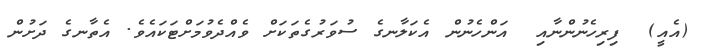
(އެއީ)  ފިރިހެނުންނާއި  އަންހެނުން އެކަލާނގެ ސުވަރުގެތަކަށް ވެއްދެވުމަށްޓަކައެވެ. އެތާނގެ ދަށުން